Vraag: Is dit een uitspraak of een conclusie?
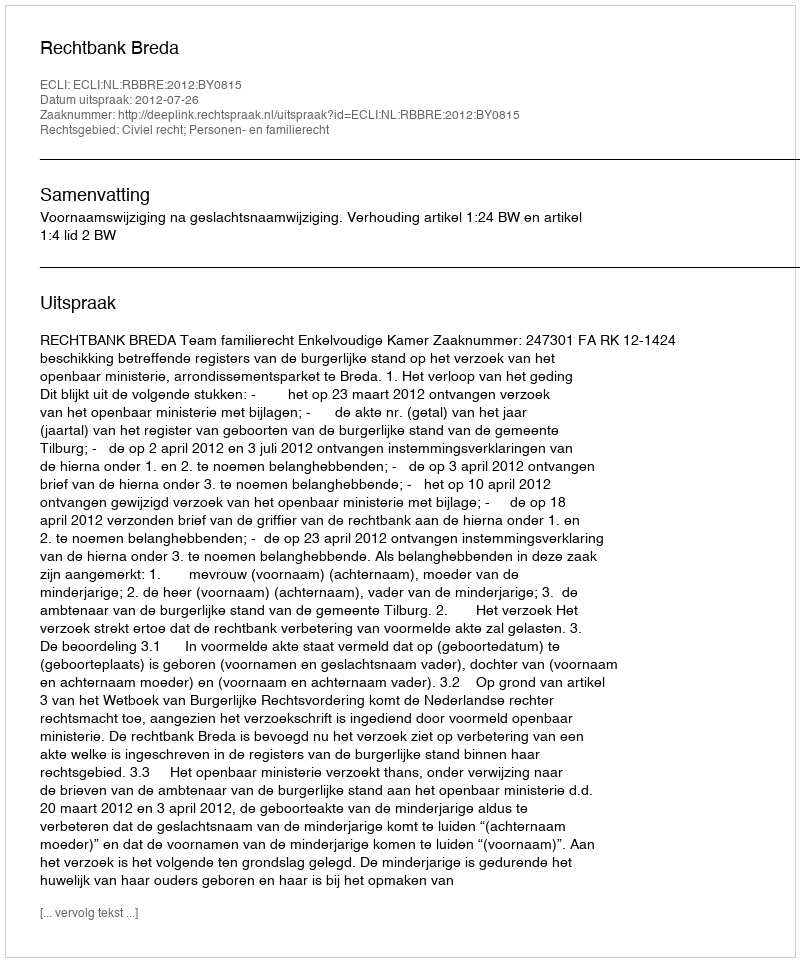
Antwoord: Uitspraak